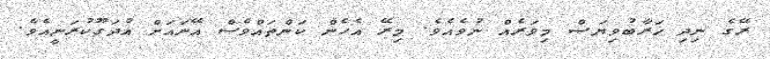
ރޭގެ ނިދި ޚަރާބުވިޔަސް މިވަރެއް ނުވެއެވެ. މިރޭ އެހެން ކަންތައްވެސް އޭނައަށް އުދަގޫކުރަނީއެވެ.